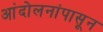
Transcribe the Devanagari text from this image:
आंदोलनांपासून